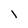
Character: 1